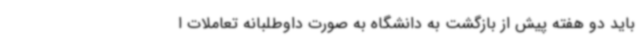
باید دو هفته پیش از بازگشت به دانشگاه به صورت داوطلبانه تعاملات ا